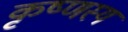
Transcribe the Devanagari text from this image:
कृष्णस्य